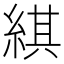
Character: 綨